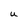
Character: U